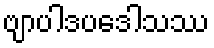
ဗျာပါဒပဒေါသဿ